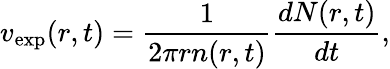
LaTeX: v_{\mathrm{exp}}(r,t)=\frac{1}{2\pi rn(r,t)}\frac{dN(r,t)}{dt},